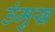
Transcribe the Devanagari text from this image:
उंमुख